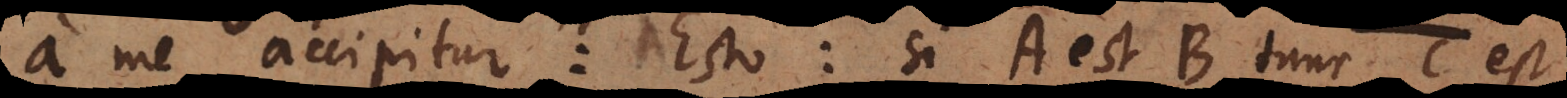
a me accipitur: Esto si A est B tunc C est